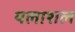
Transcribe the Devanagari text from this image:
यलाशल